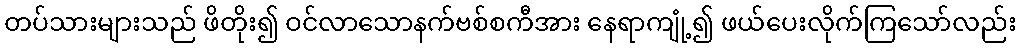
တပ်သားများသည် ဖိတိုး၍ ဝင်လာသောနက်ဗစ်စကီအား နေရာကျုံ့၍ ဖယ်ပေးလိုက်ကြသော်လည်း